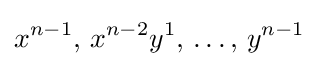
x^{n-1},\,x^{n-2}y^{1},\,\dots ,\,y^{n-1}